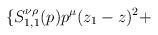
LaTeX: \begin{align*}\{ S_{1,1}^{ \nu \rho }(p)p^\mu(z_1-z)^2 +\end{align*}